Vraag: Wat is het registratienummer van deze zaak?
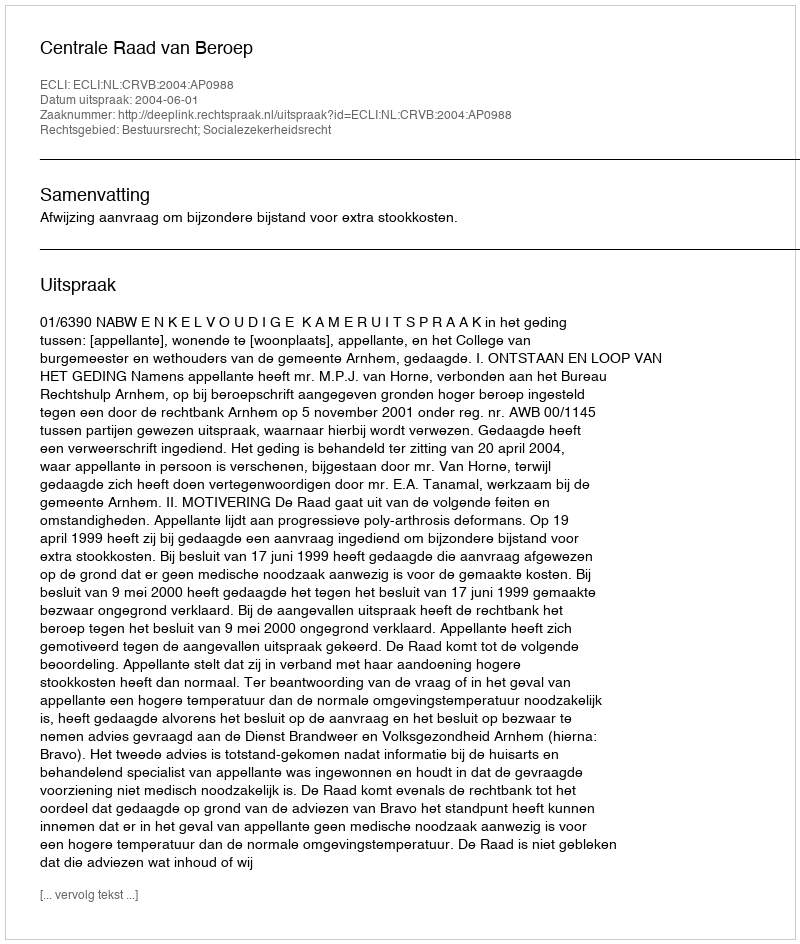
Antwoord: http://deeplink.rechtspraak.nl/uitspraak?id=ECLI:NL:CRVB:2004:AP0988